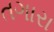
તગારા